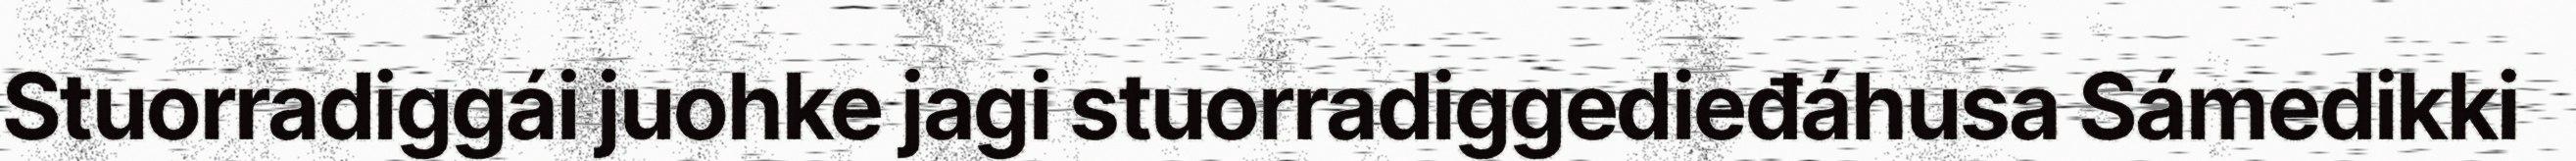
Stuorradiggái juohke jagi stuorradiggedieđáhusa Sámedikki